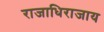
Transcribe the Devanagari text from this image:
राजाधिराजाय